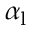
\alpha _ { \mathrm { l } }